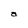
Character: a